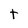
Character: t